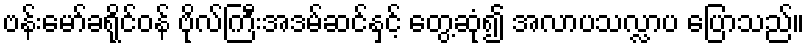
ဗန်းမော်ခရိုင်ဝန် ဗိုလ်ကြီးအဒမ်ဆင်နှင့် တွေ့ဆုံ၍ အလာပသလ္လာပ ပြောသည်။